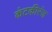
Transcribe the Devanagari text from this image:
कंटकीरंज